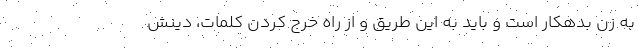
به زن بدهکار است و باید به این طریق و از راه خرج کردنِ کلمات، دِینش